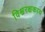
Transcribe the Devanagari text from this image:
विश्वरक्षकाय